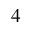
4